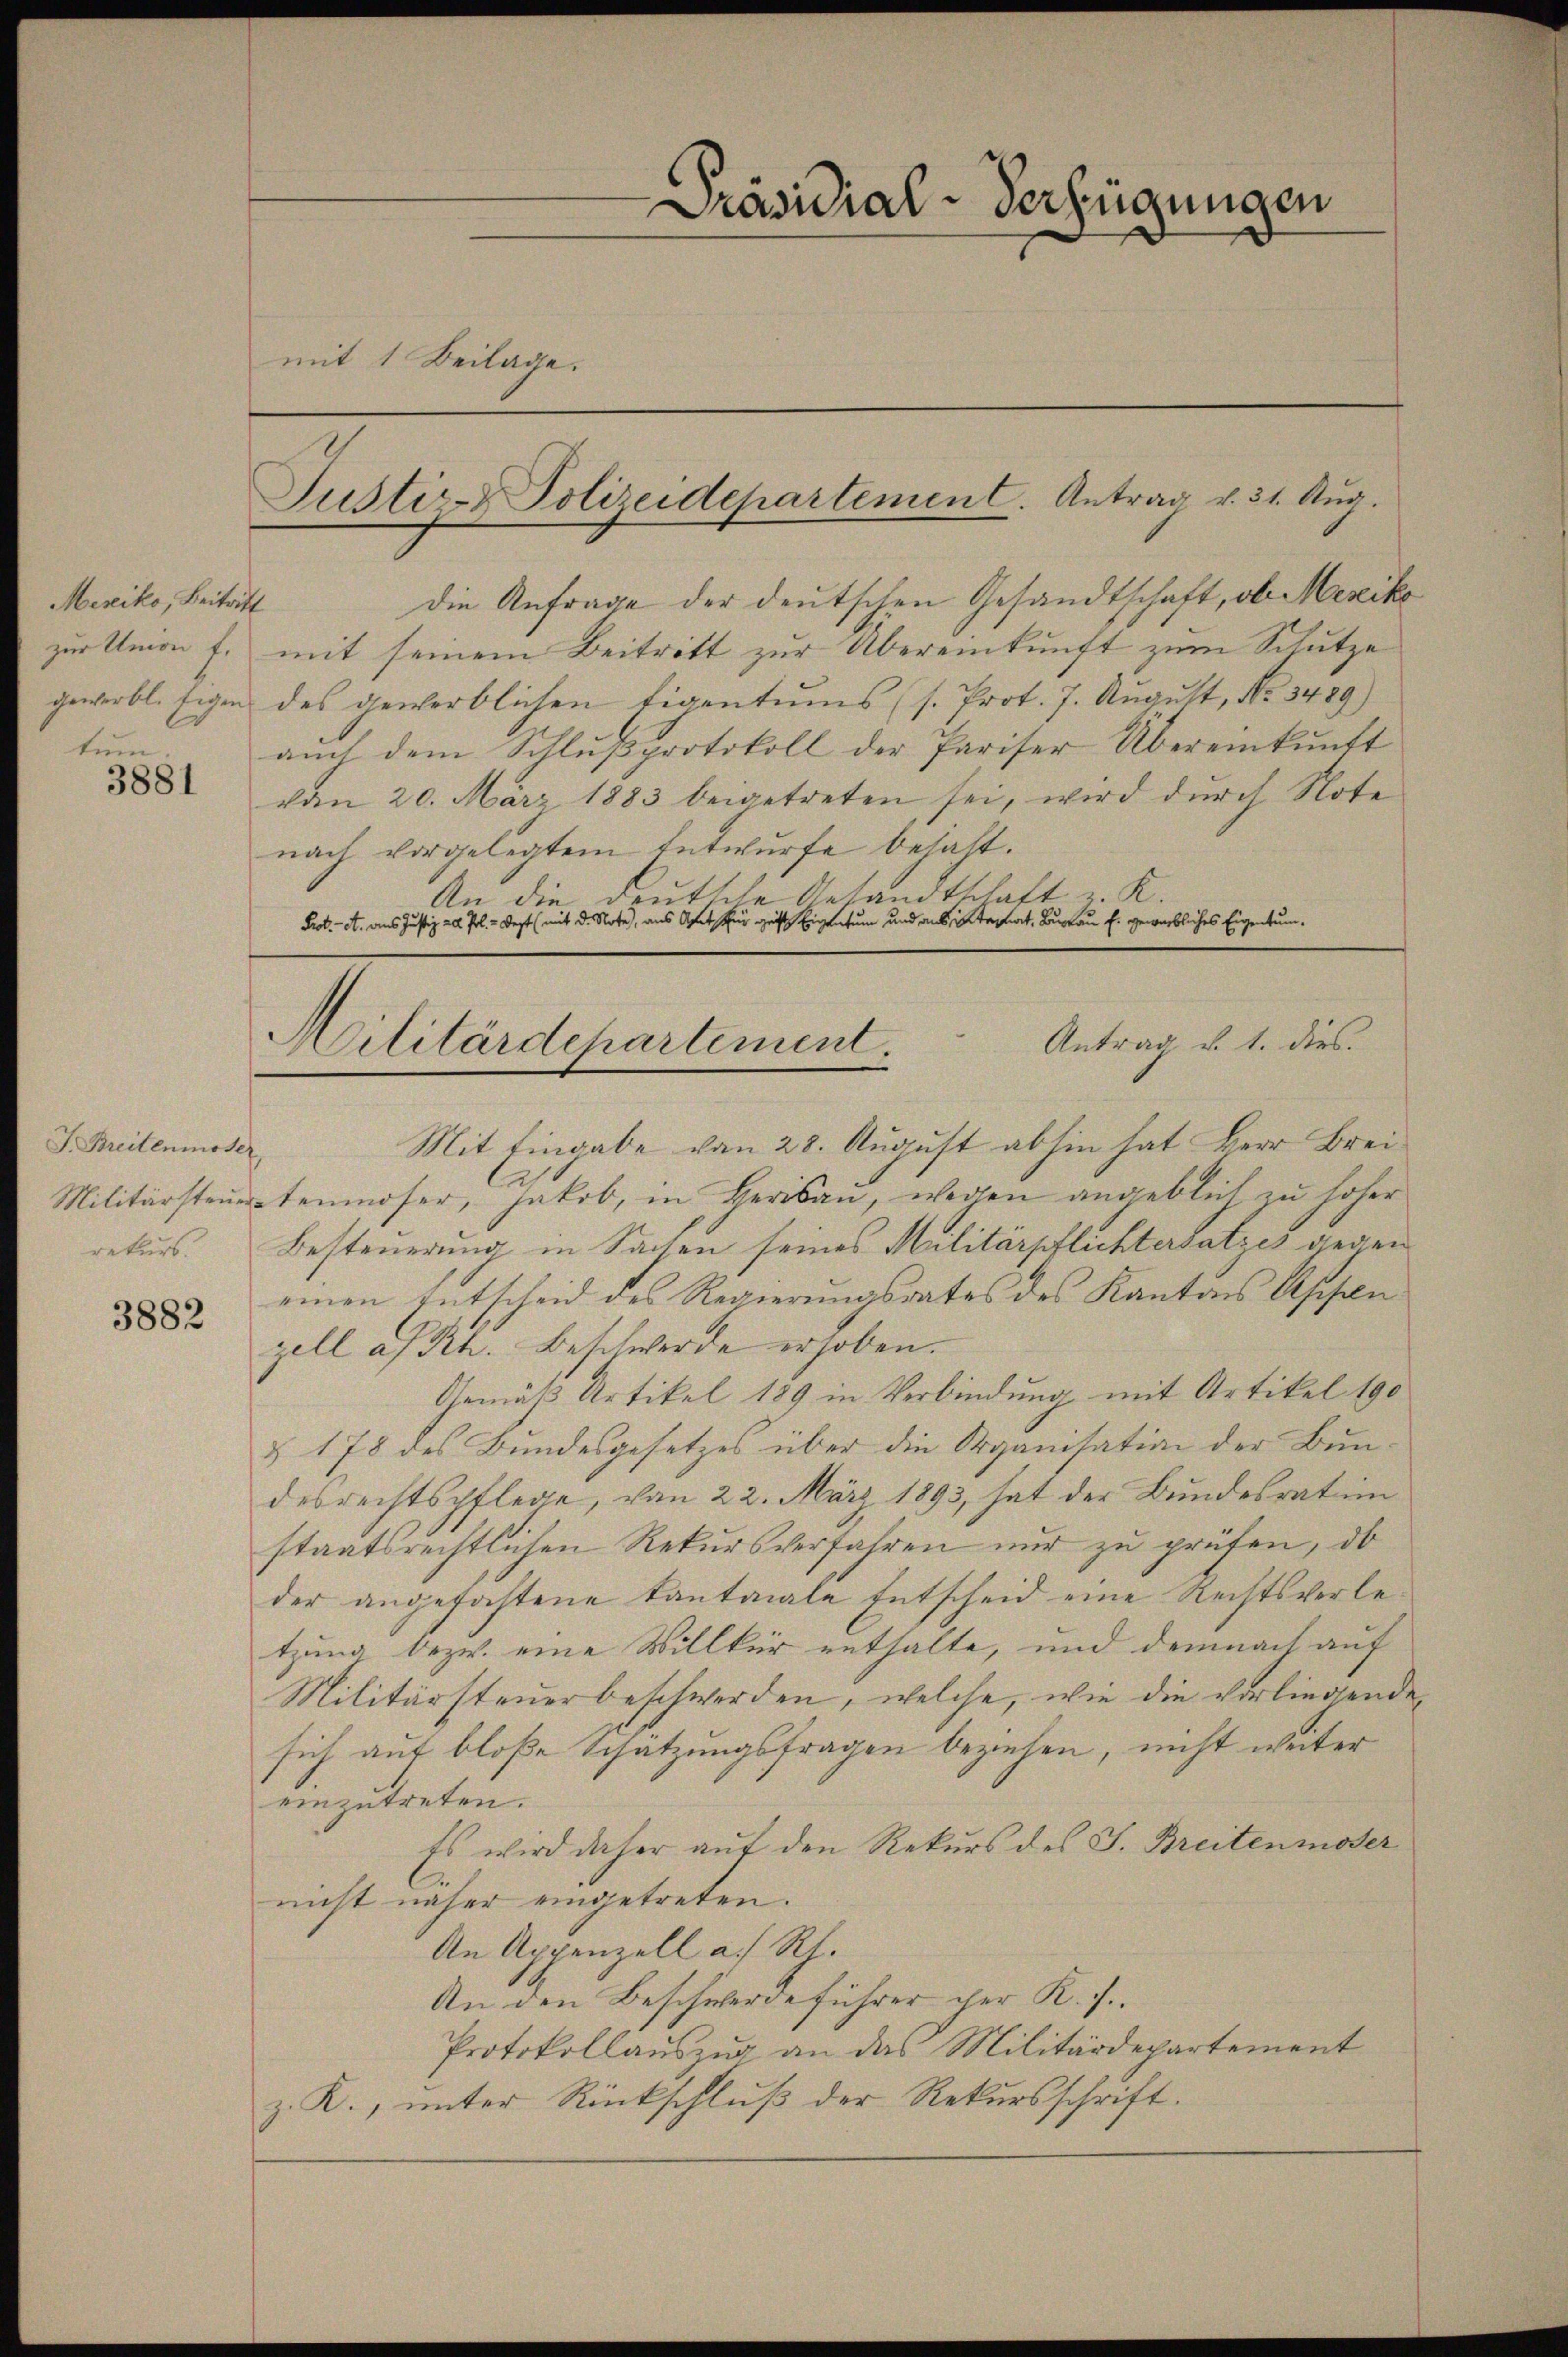
Merciko, Beitritt
zur Union f.
tum

3881

J. Breitenmoser,
rekurs.

3882

mit 1 Beilage.

die Anfrage der deutschen Gesandtschaft, ob Merika
mit seinem Beitritt zur Übereinkunft zum Schutze
gewerbl. Eigen des gewerblichen Eigentums (s. Prot. 7. August, No. 3489)
auch dem Schlußprotokoll der Pariser Übereinkunft
von 20. März 1883 beigetreten sei, wird durch Note
nach vorgelegtem Entwurfe behalt.
An die deutsche Gesandtschaft u.
Prot. A. aus Justiz ad Pol. - Best (mit de Note, aus Opet für geist Eigentum und aus Sternat, Bureau f. gewerbliches Eigentum.

Justiz- Polizeidepartement. Antrag v. 31. Aug.

Präsidial-Verfügungen

Antrag d. 1. dies
ilitärdepartement.

Mit Eingabe von 28. August abhin hat Herr Brei¬
Militärsteuertenmoser, Jakob, in Herisau, wegen angeblich zu höher
Besteuerung in Sachen seines Militärpflichtersatzes gegen
einen Entscheid des Regierungsrates des Kantons Assen
gell a/Rh. Beschwerde erhoben.
Gemäß Artikel 189 in Verbindung mit Artikel 190
§ 178 des Bundesgesetzes über die Organisation der Bundesrechtspflege, von 22. März 1893, hat der Bundesrat im
staatsrechtlichen Rekursverfahren nur zu prüfen, ob
der angefastene Kantonale Entscheid eine Rechtsverletzung bezw. eine Willkür enthalte, und demnach auf
Militärsteuerbeschwerden, welche, wie die vorliegenden
sich auf bloße Schätzungsfragen beziehen, nicht weiter
einzutreten.
Es wird daher auf den Rekurs des J. Breitenmoder
nicht näher eingetreten.
An Appenzell a. Rh.
An den Beschwerde führer her K. J..
Protokollauszug an das Militärdepartement
z. R., unter Rückschluß der Rekursschrift.